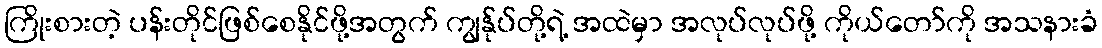
ကြိုးစားတဲ့ ပန်းတိုင်ဖြစ်စေနိုင်ဖို့အတွက် ကျွန်ုပ်တို့ရဲ့ အထဲမှာ အလုပ်လုပ်ဖို့ ကိုယ်တော်ကို အသနားခံ